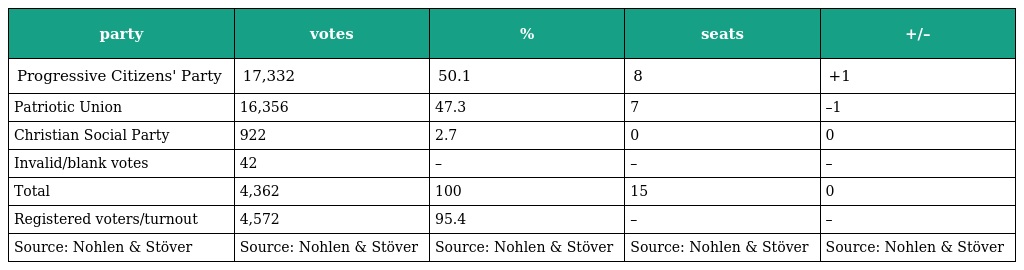
| party | votes | % | seats | +/– |
 | --- | --- | --- | --- | --- |
 | Progressive Citizens' Party | 17,332 | 50.1 | 8 | +1 |
 | Patriotic Union | 16,356 | 47.3 | 7 | –1 |
 | Christian Social Party | 922 | 2.7 | 0 | 0 |
 | Invalid/blank votes | 42 | – | – | – |
 | Total | 4,362 | 100 | 15 | 0 |
 | Registered voters/turnout | 4,572 | 95.4 | – | – |
 | Source: Nohlen & Stöver | Source: Nohlen & Stöver | Source: Nohlen & Stöver | Source: Nohlen & Stöver | Source: Nohlen & Stöver |